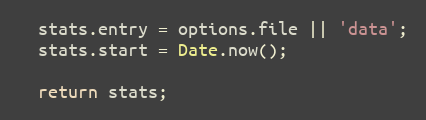
Language: JavaScript
  stats.entry = options.file || 'data';
  stats.start = Date.now();

  return stats;